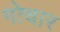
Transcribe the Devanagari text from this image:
गोचार